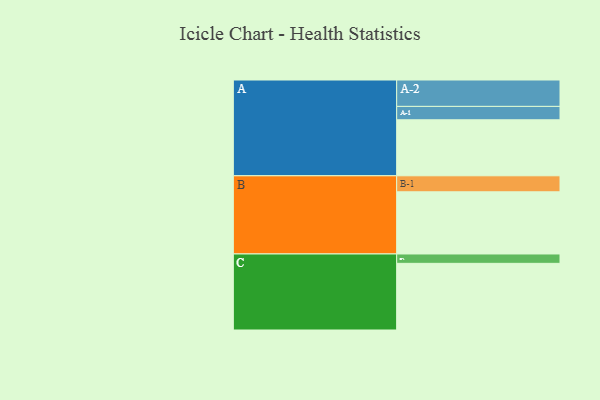
{"axis": {"x": "Segment", "y": "Value"}, "legend": ["", "A", "B", "C"], "data": [{"x": "A", "y": 490, "type": ""}, {"x": "B", "y": 544, "type": ""}, {"x": "C", "y": 583, "type": ""}, {"x": "A-1", "y": 117, "type": "A"}, {"x": "A-2", "y": 231, "type": "A"}, {"x": "B-1", "y": 140, "type": "B"}, {"x": "C-1", "y": 82, "type": "C"}]}